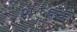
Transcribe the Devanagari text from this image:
२५६६२६